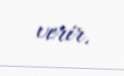
verir.